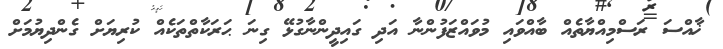
ޚާއްސަ ރަސްމިއްޔާތެއް ބާއްވައި މުވައްޒަފުންނާ އަދި ގައިދީންނާގުޅޭ ގިނަ ޙަރަކާތްތަކެއް ކުރިޔަށް ގެންދިޔުމަށް